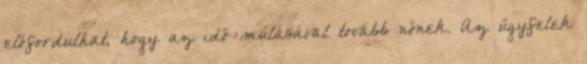
előfordulhat, hogy az idő múlásával tovább nőnek. Az ügyfelek